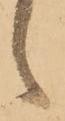
候